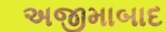
અજીમાબાદ